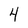
Character: 4